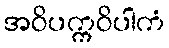
အဝိပက္ကဝိပါကံ